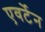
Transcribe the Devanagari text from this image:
एवर्टेन